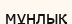
мұнлық